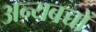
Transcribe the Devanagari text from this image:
अन्यबच्चों